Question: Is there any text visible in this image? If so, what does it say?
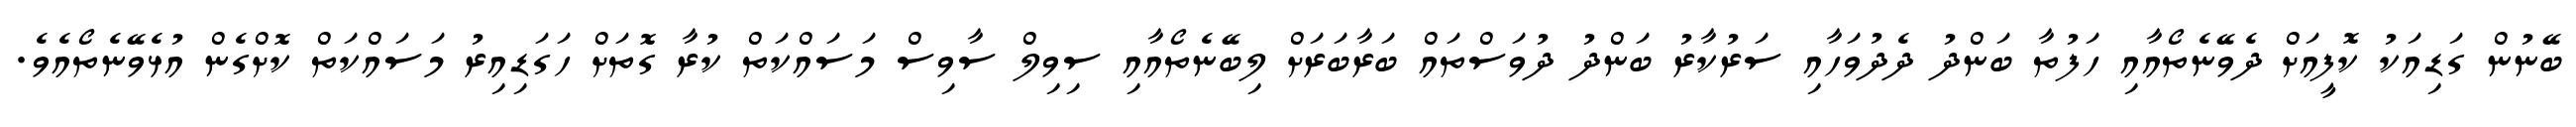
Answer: ބޭނުން ގަޑިއަކު ކޮފީއަށް ދެވޭނެތޯއާއި ހަފުތާ ބަންދު ދެދުވަހާއި ސަރުކާރު ބަންދު ދުވަސްތައް ބަރާބަރަށް ލިބޭނެތޯއާއި ސިވިލް ސާވިސް މަސައްކަތް ކުރާ ގޮތަށް ހަގަޑިއިރު މަސައްކަތް ކޮށްގެން އުޅެވޭނެތޯއެވެ.